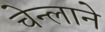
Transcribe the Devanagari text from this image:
चेन्लाने